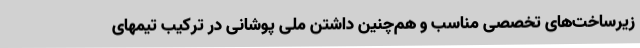
زیرساخت‌های تخصصی مناسب و هم‌چنین داشتن ملی پوشانی در ترکیب تیمهای